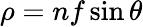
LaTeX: \rho=nf\sin\theta